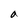
Character: a